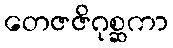
တေဇဇိဂုစ္ဆကာ